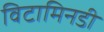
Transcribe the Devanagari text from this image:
विटामिनडी